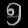
Digit: ၅